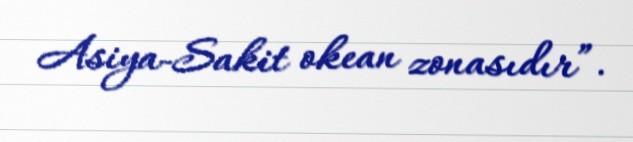
Asiya-Sakit okean zonasıdır”.